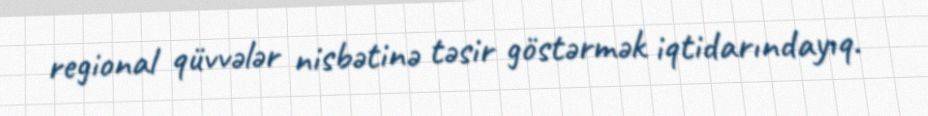
regional qüvvələr nisbətinə təsir göstərmək iqtidarındayıq.